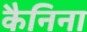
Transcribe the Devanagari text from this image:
कैनिना